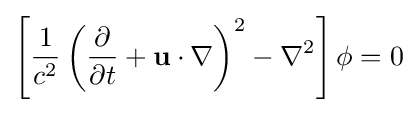
\left[{\frac {1}{c^{2}}}\left({\frac {\partial }{\partial t}}+\mathbf {u} \cdot \nabla \right)^{2}-\nabla ^{2}\right]\phi =0